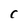
Character: C